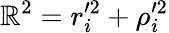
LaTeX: \mathbb{R}^{2}=r_{i}^{\prime2}+\rho_{i}^{\prime2}